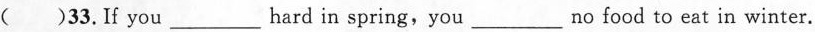
( ) 33.If you ___ hard in spring, you ___ no food to eat in winter.